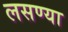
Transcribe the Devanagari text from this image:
लसण्या